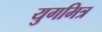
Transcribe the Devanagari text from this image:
युगमित्र